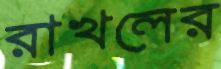
রাখলের